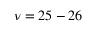
\nu = 2 5 - 2 6